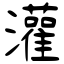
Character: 灌